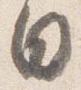
日